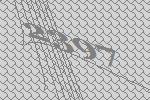
2397